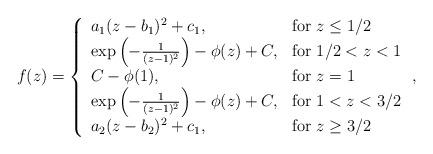
LaTeX: \begin{align*}f(z)=\left\{\begin{array}[c]{ll}a_1(z-b_1)^2+c_1, & \mbox{for} \ z\leq 1/2\\\exp\left(-\frac{1}{(z-1)^2}\right)-\phi(z)+C, & \mbox{for} \ 1/2<z<1\\C-\phi(1), & \mbox{for} \ z=1\\\exp\left(-\frac{1}{(z-1)^2}\right)-\phi(z)+C, & \mbox{for} \ 1<z<3/2\\a_2(z-b_2)^2+c_1, & \mbox{for} \ z\geq 3/2\end{array}\right.,\end{align*}